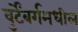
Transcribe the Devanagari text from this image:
वुर्टेंबर्गमधील